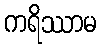
ကရိဿာမ